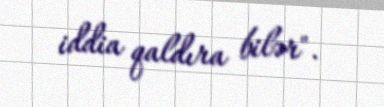
iddia qaldıra bilər".